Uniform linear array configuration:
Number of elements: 4
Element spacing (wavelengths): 0.75
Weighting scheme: exponential
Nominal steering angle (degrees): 45
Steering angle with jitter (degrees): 43.317
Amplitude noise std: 0.05
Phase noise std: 0.05

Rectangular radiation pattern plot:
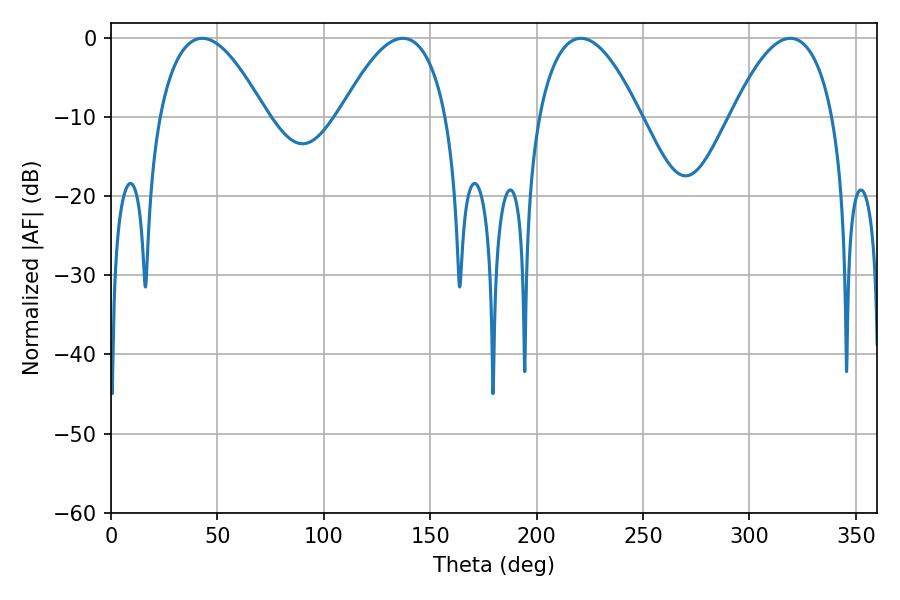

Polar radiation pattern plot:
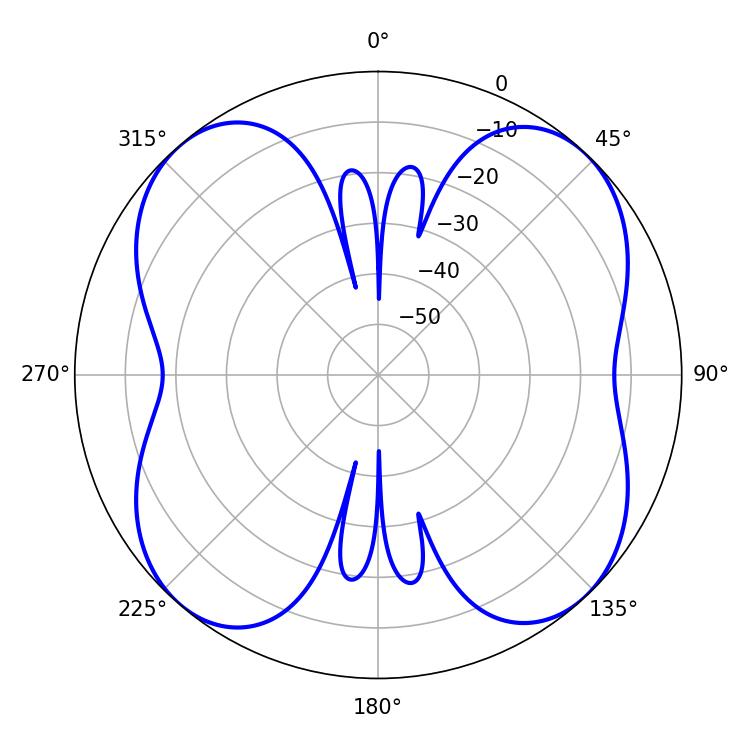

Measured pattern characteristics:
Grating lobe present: TRUE
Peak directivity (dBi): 14.598
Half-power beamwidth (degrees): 27.54
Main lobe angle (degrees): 42.84